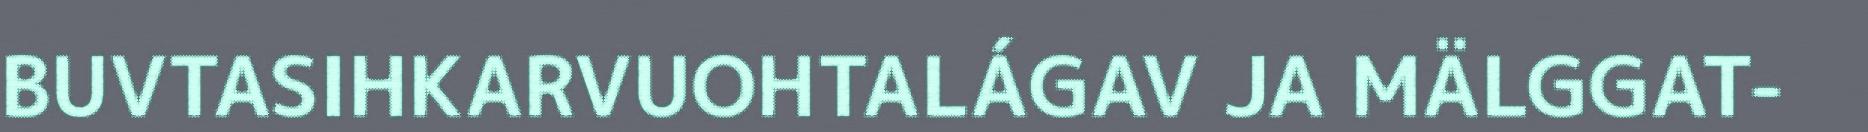
BUVTASIHKARVUOHTALÁGAV JA MÄLGGAT-